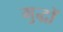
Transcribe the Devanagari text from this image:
मुद्धों